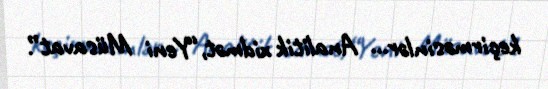
keçirməsinlər... Analitik xidmət,“Yeni Müsavat”.